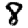
Digit: 8